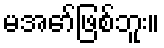
မအော်ဖြစ်ဘူး။